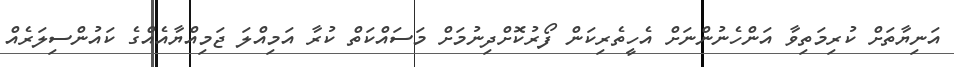
އަނިޔާތަށް ކުރިމަތިވާ އަންހެނުންނަށް އެހީތެރިކަން ފޯރުކޮށްދިނުމަށް މަސައްކަތް ކުރާ އަމިއްލަ ޖަމިއްޔާއެއްގެ ކައުންސިލަރެއް